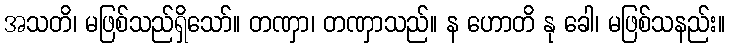
အသတိ၊ မဖြစ်သည်ရှိသော်။ တဏှာ၊ တဏှာသည်။ န ဟောတိ နု ခေါ၊ မဖြစ်သနည်း။